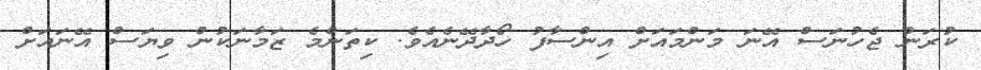
ކުރަން ޖެހުނަސް އޭނަ މަންމައަށް އިންސާފު ހޯދާދޭނެއެވެ. ކިތަންމެ ޒަމާނަކުން ވިޔަސް އޭނައަށް